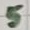
Text: 5